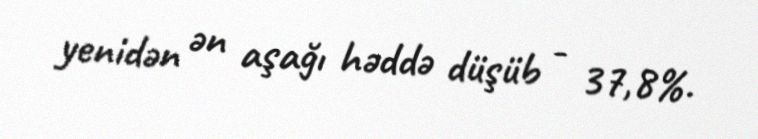
yenidən ən aşağı həddə düşüb - 37,8%.